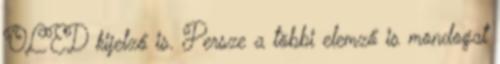
OLED kijelző is. Persze a többi elemző is mondogat